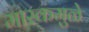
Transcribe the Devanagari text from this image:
मास्कमुळे